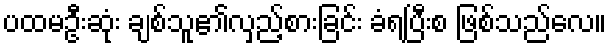
ပထမဦးဆုံး ချစ်သူ၏လှည့်စားခြင်း ခံရပြီးစ ဖြစ်သည်လေ။